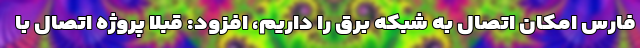
فارس امکان اتصال به شبکه برق را داریم، افزود: قبلا پروژه اتصال با